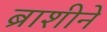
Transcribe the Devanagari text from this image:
ब्राशीने